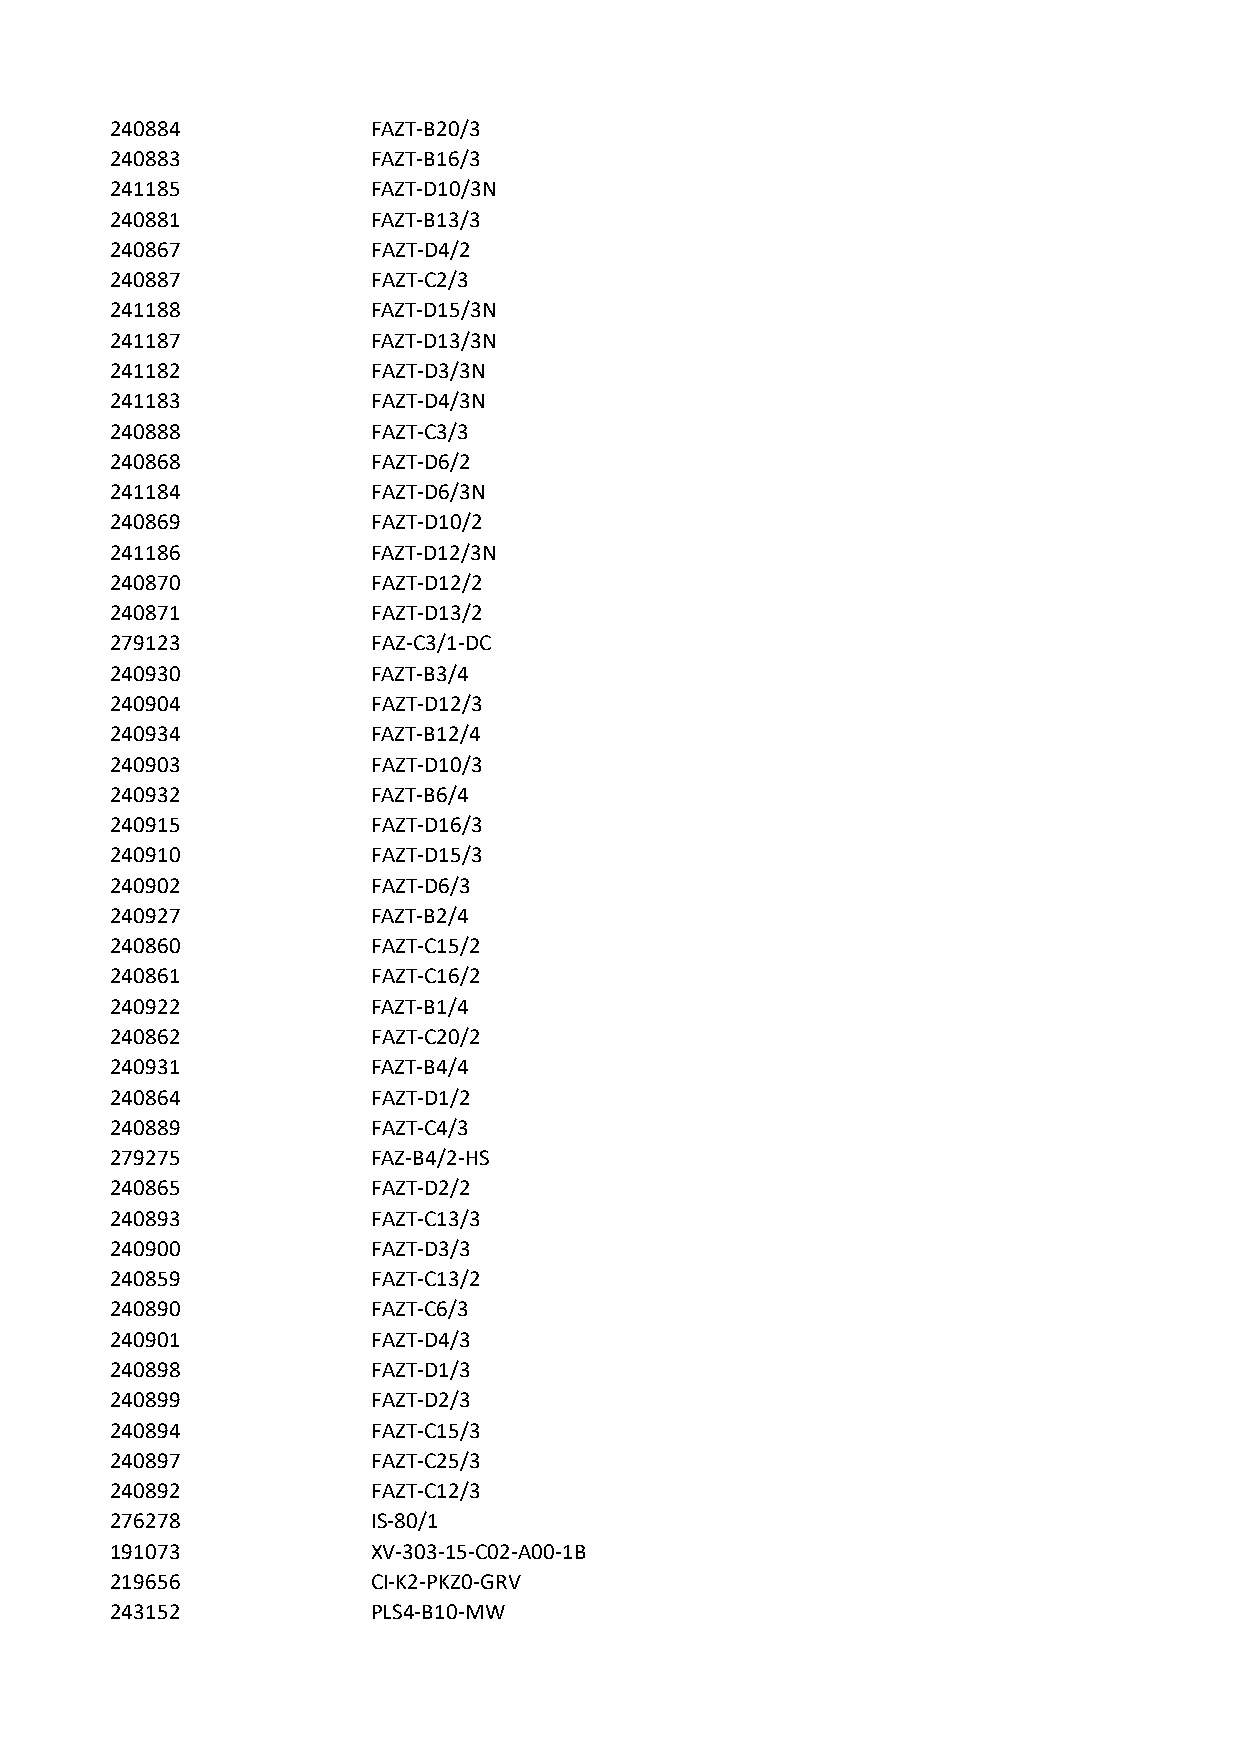
240884            FAZT-B20/3
 240883            FAZT-B16/3
 241185            FAZT-D10/3N
 240881            FAZT-B13/3
 240867            FAZT-D4/2
 240887            FAZT-C2/3
 241188            FAZT-D15/3N
 241187            FAZT-D13/3N
 241182            FAZT-D3/3N
 241183            FAZT-D4/3N
 240888            FAZT-C3/3
 240868            FAZT-D6/2
 241184            FAZT-D6/3N
 240869            FAZT-D10/2
 241186            FAZT-D12/3N
 240870            FAZT-D12/2
 240871            FAZT-D13/2
 279123            FAZ-C3/1-DC
 240930            FAZT-B3/4
 240904            FAZT-D12/3
 240934            FAZT-B12/4
 240903            FAZT-D10/3
 240932            FAZT-B6/4
 240915            FAZT-D16/3
 240910            FAZT-D15/3
 240902            FAZT-D6/3
 240927            FAZT-B2/4
 240860            FAZT-C15/2
 240861            FAZT-C16/2
 240922            FAZT-B1/4
 240862            FAZT-C20/2
 240931            FAZT-B4/4
 240864            FAZT-D1/2
 240889            FAZT-C4/3
 279275            FAZ-B4/2-HS
 240865            FAZT-D2/2
 240893            FAZT-C13/3
 240900            FAZT-D3/3
 240859            FAZT-C13/2
 240890            FAZT-C6/3
 240901            FAZT-D4/3
 240898            FAZT-D1/3
 240899            FAZT-D2/3
 240894            FAZT-C15/3
 240897            FAZT-C25/3
 240892            FAZT-C12/3
 276278            IS-80/1
 191073            XV-303-15-C02-A00-1B
 219656            CI-K2-PKZ0-GRV
 243152            PLS4-B10-MW